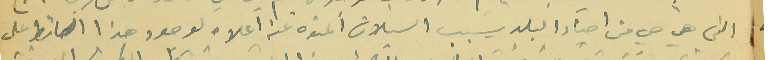
التي هي حي من احياء البلد يسبب السيلان المنوه عنه آعلاه لوجود هذا الحائط على